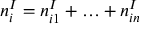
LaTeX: n _ { i } ^ { I } = n _ { i 1 } ^ { I } + \ldots + n _ { i n } ^ { I }